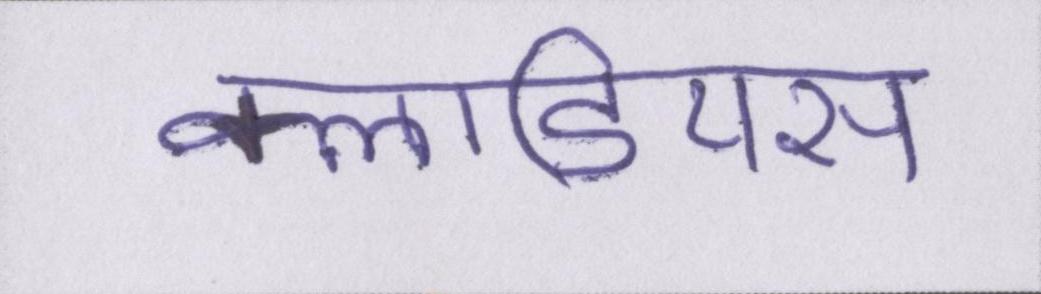
क्लाडियस